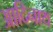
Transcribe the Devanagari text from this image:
आदिनाथ्‍ा